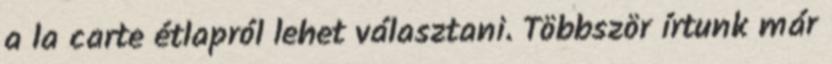
a la carte étlapról lehet választani. Többször írtunk már